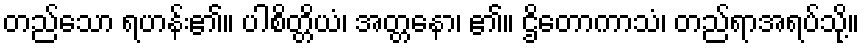
တည်သော ရဟန်း၏။ ပါစိတ္တိယံ၊ အတ္တနော၊ ၏။ ဌိတောကာသံ၊ တည်ရာအရပ်သို့။